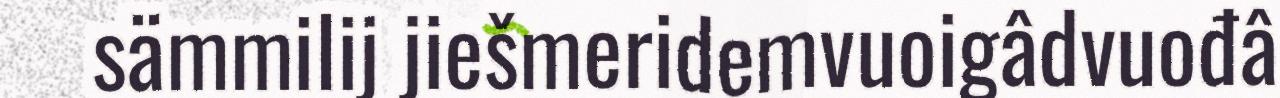
sämmilij jiešmeridemvuoigâdvuođâ